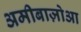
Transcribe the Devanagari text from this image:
अमीबाज़ोआ